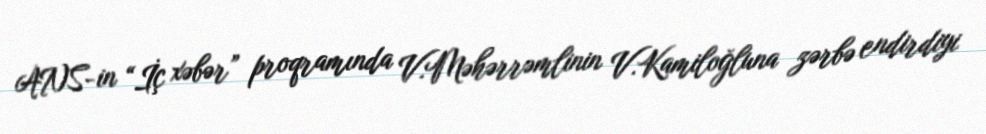
ANS-in “İç xəbər” proqramında V.Məhərrəmlinin V.Kamiloğluna zərbə endirdiyi